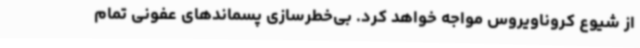
از شیوع کروناویروس مواجه خواهد کرد. بی‌خطرسازی پسماندهای عفونی تمام